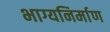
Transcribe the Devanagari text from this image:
भाग्यनिर्माण